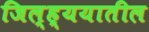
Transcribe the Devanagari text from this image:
जिल्ह्ययातील